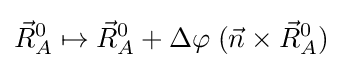
{\vec {R}}_{A}^{0}\mapsto {\vec {R}}_{A}^{0}+\Delta \varphi \;({\vec {n}}\times {\vec {R}}_{A}^{0})